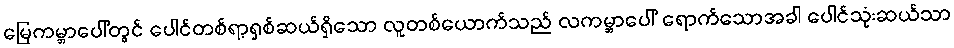
မြေကမ္ဘာပေါ်တွင် ပေါင်တစ်ရာ့ရှစ်ဆယ်ရှိသော လူတစ်ယောက်သည် လကမ္ဘာပေါ် ရောက်သောအခါ ပေါင်သုံးဆယ်သာ